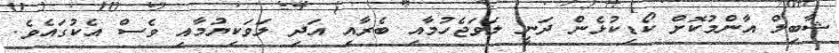
ޝާބިލް އާންމުކޮށް ކޯޑިކުޅެން ދަނީ ލަވަޖެހުމާއި ބެރާއި އަދި ލަވަކިޔުމާއި ވެސް އެކުގައެވެ.